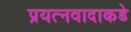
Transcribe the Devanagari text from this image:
प्रयत्‍नवादाकडे